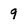
Character: 9